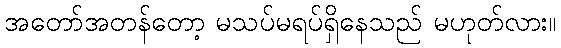
အတော်အတန်တော့ မသပ်မရပ်ရှိနေသည် မဟုတ်လား။